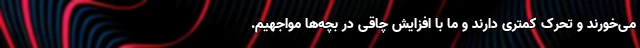
می‌خورند و تحرک کمتری دارند و ما با افزایش چاقی در بچه‌ها مواجهیم.